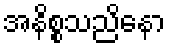
အနိစ္စသညိနော